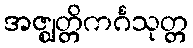
အဇ္ဈတ္တိကင်္ဂသုတ္တ